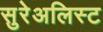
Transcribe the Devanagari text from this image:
सुरेअलिस्ट